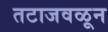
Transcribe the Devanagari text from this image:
तटाजवळून